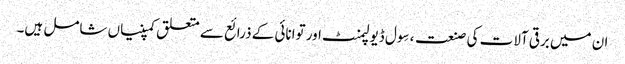
ان میں برقی آلات کی صنعت ، سِول ڈیولپمنٹ اور توانائی کے ذرائع سے متعلق کمپنیاں شامل ہیں۔